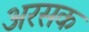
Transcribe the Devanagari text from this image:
अरसक